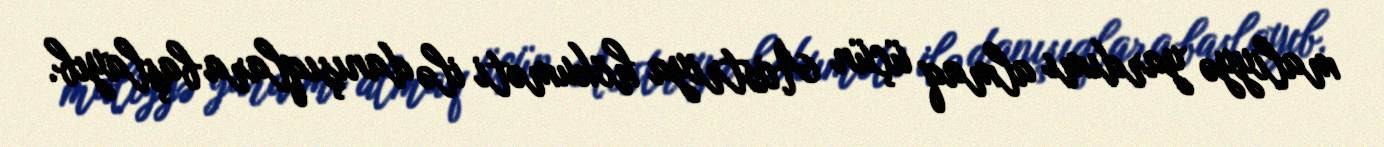
maliyyə yardımı almaq üçün Avstriya hökuməti ilə danışıqlara başlayıb.